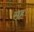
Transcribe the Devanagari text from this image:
सहः